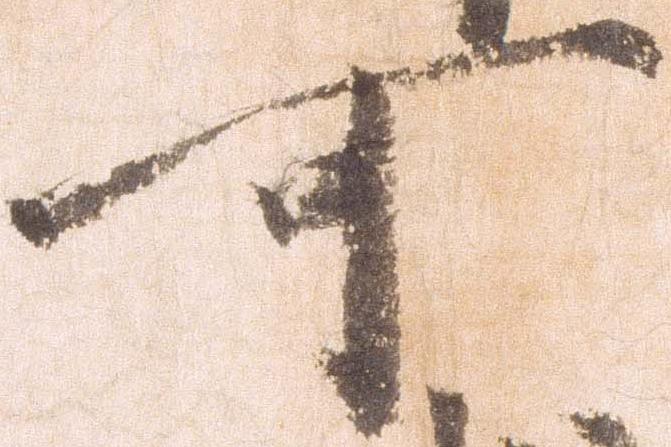
可